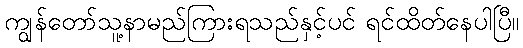
ကျွန်တော်သူ့နာမည်ကြားရသည်နှင့်ပင် ရင်ထိတ်နေပါပြီ။